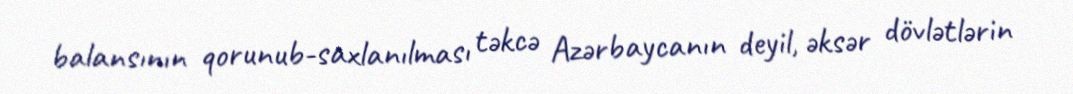
balansının qorunub-saxlanılması təkcə Azərbaycanın deyil, əksər dövlətlərin